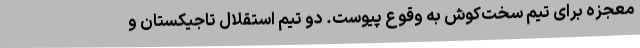
معجزه برای تیم سخت‌کوش به وقوع پیوست. دو تیم استقلال تاجیکستان و